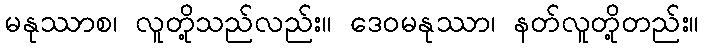
မနုဿာစ၊ လူတို့သည်လည်း။ ဒေဝမနုဿာ၊ နတ်လူတို့တည်း။